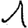
Digit: 1